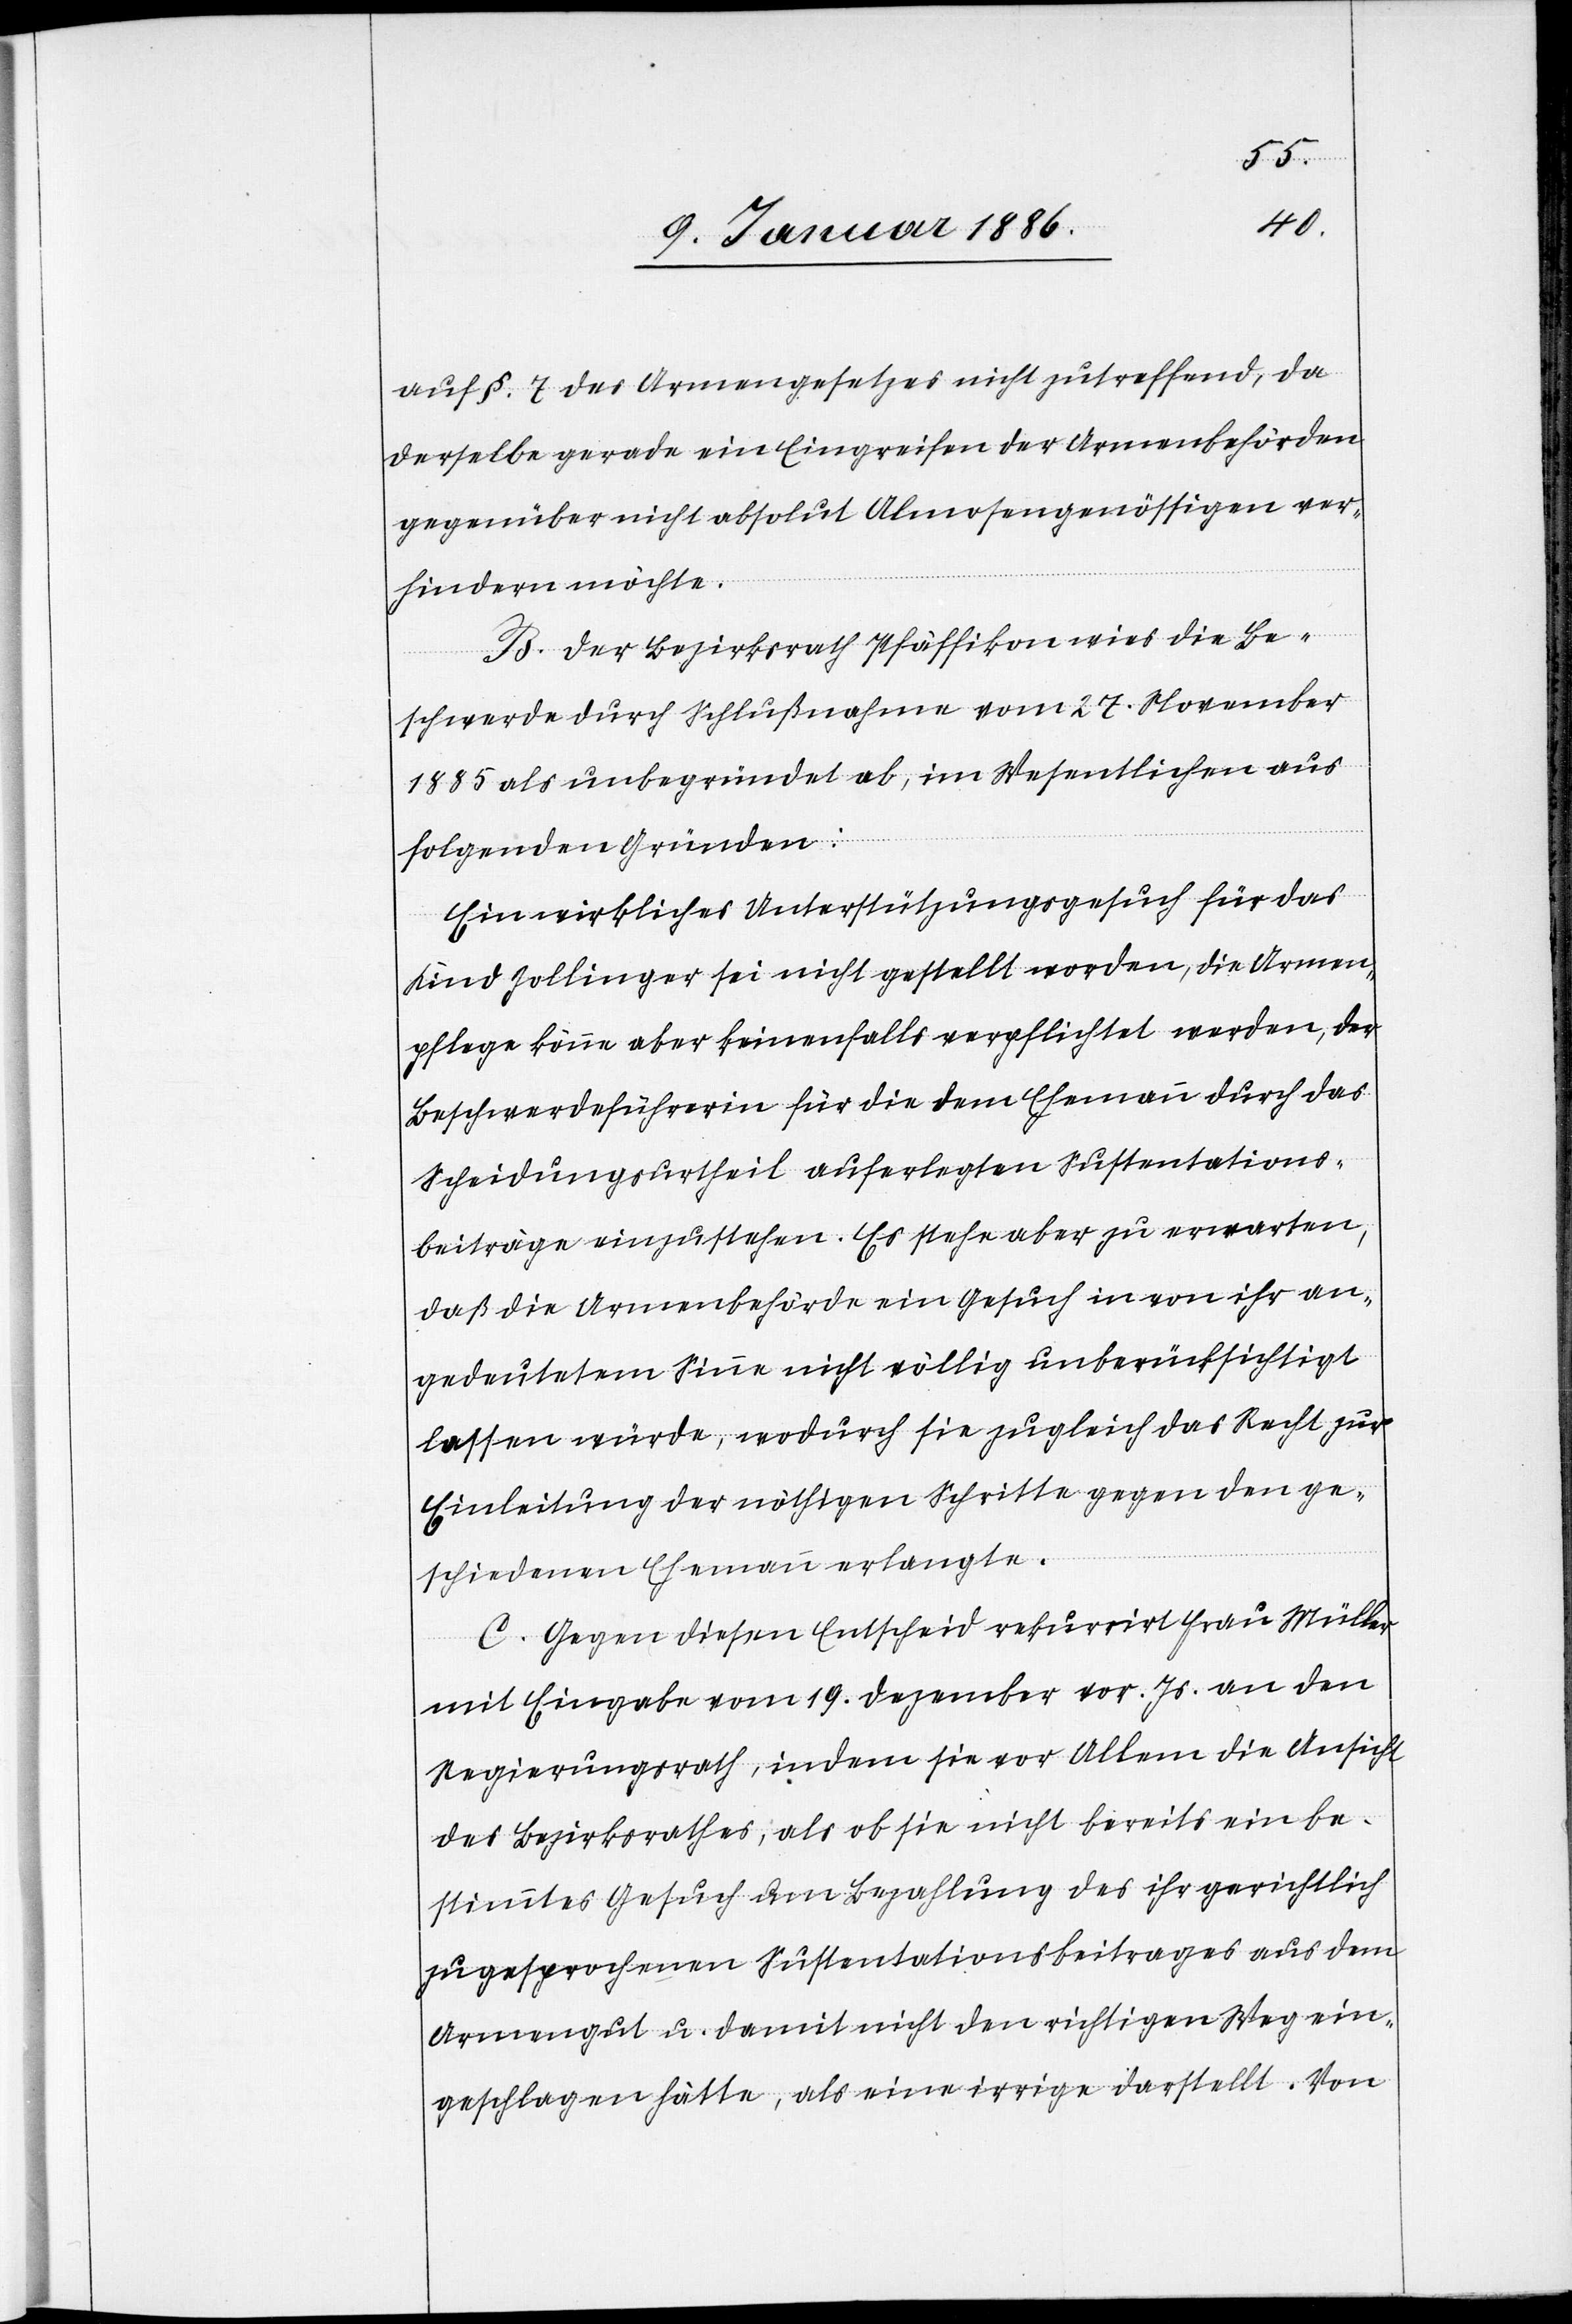
auf § 7 des Armengesetzes nicht zutreffend, da
derselbe gerade ein Eingreifen der Armenbehörden
gegenüber nicht absolut Almosengenössigen ver¬
hindern möchte.
B. Der Bezirksrath Pfäffikon wies die Be¬
schwerde durch Schlußnahme vom 27. November
1885 als unbegründet ab, im Wesentlichen aus
folgenden Gründen:
Ein wirkliches Unterstützungsgesuch für das
Kind Zollinger sei nicht gestellt worden, die Armen¬
pflege könne aber keinesfalls verpflichtet werden, der
Beschwerdeführerin für die dem Ehemann durch das
Scheidungsurtheil auferlegten Sustentations¬
beiträge einzustehen. Es stehe aber zu erwarten,
daß die Armenbehörde ein Gesuch in von ihr an¬
gedeutetem Sinne nicht völlig unberücksichtigt
lassen würde, wodurch sie zugleich das Recht zur
Einleitung der nöthigen Schritte gegen den ge¬
schiedenen Ehemann verlangte.
C. Gegen diesen Entscheid rekurrirt Frau Müller
mit Eingabe vom 19. Dezember vor. Js. an den
Regierungsrath, indem sie vor Allem die Ansicht
des Bezirksrathes, als ob sie nicht bereits ein be¬
stimmtes Gesuch um Bezahlung des ihr gerichtlich
zugesprochenen Sustentationsbeitrages aus dem
Armengut u. damit nicht den richtigen Weg ein¬
geschlagen hätte, als eine irrige darstellt. Von